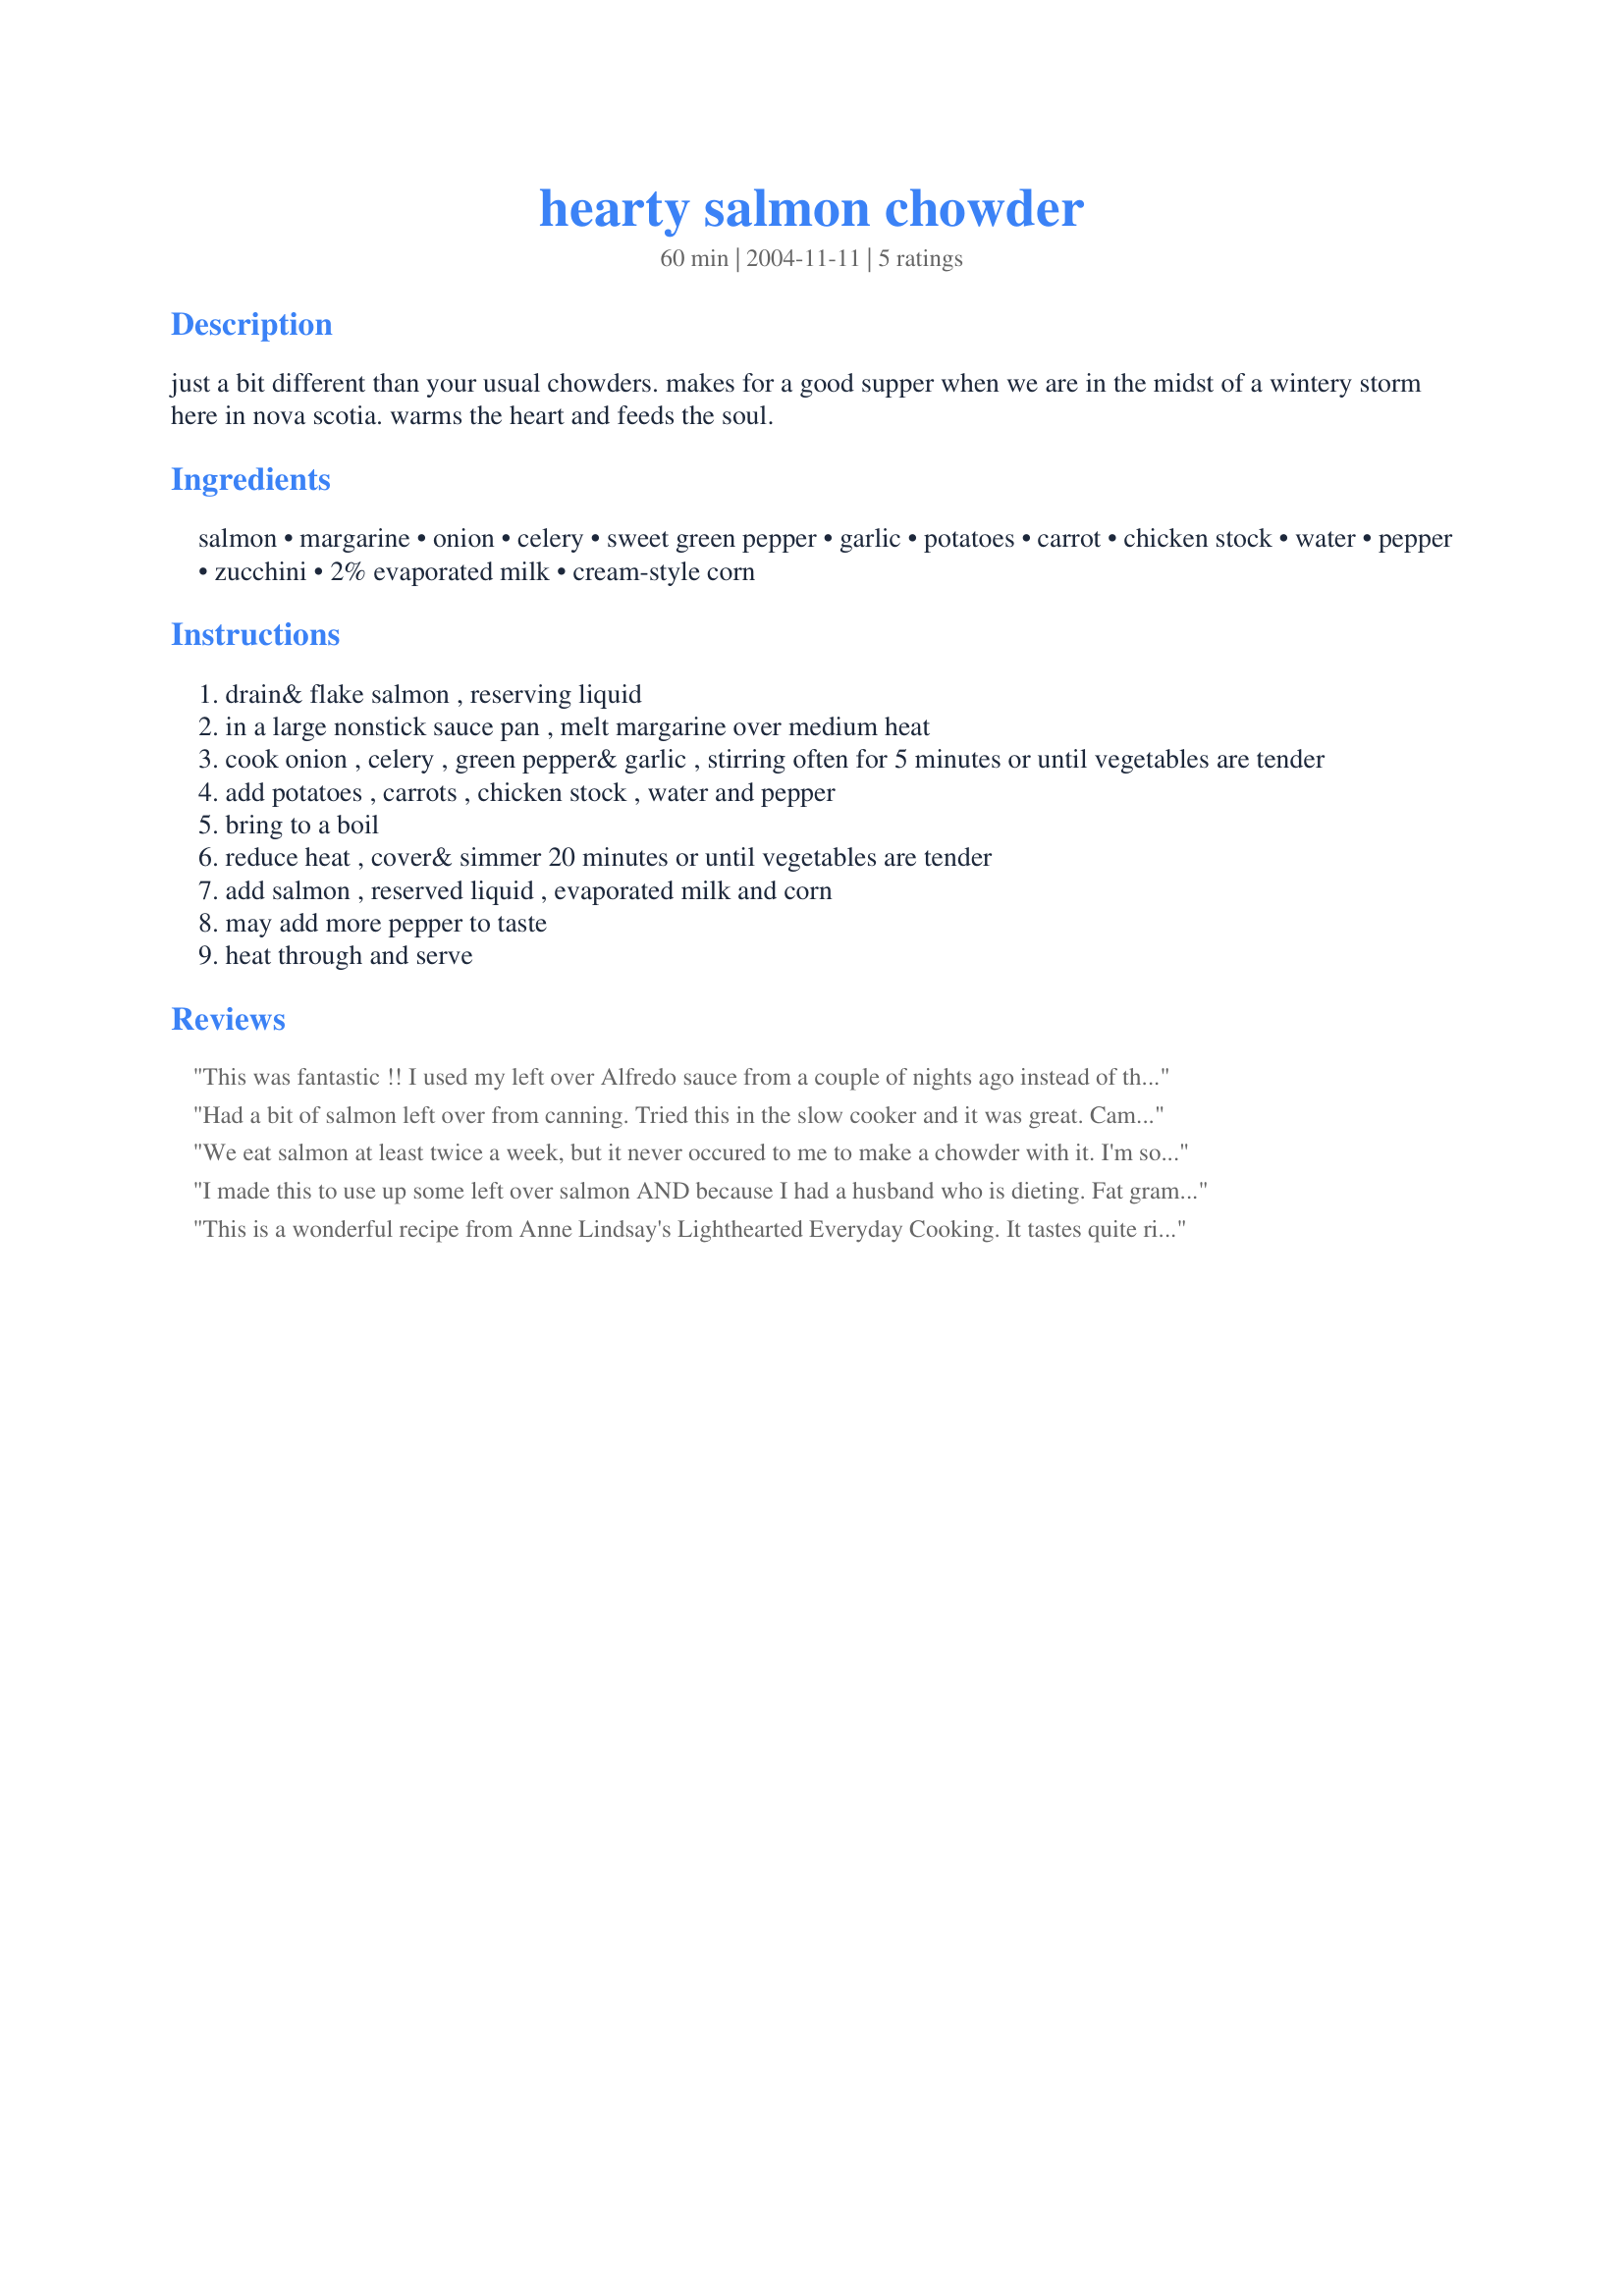
hearty salmon chowder
Preparation time: 60 minutes

just a bit different than your usual chowders. makes for a good supper when we are in the midst of a wintery storm here in nova scotia. warms the heart and feeds the soul.

Ingredients:
salmon, margarine, onion, celery, sweet green pepper, garlic, potatoes, carrot, chicken stock, water, pepper, zucchini, 2% evaporated milk, cream-style corn

Steps:
drain& flake salmon , reserving liquid
in a large nonstick sauce pan , melt margarine over medium heat
cook onion , celery , green pepper& garlic , stirring often for 5 minutes or until vegetables are tender
add potatoes , carrots , chicken stock , water and pepper
bring to a boil
reduce heat , cover& simmer 20 minutes or until vegetables are tender
add salmon , reserved liquid , evaporated milk and corn
may add more pepper to taste
heat through and serve

Reviews:
This was fantastic !! I used my left over Alfredo sauce from a couple of nights ago instead of the milk which gave it a little more protien from the shrimp and crab meat. No one even knew that there was grated zucchini in this soup..LOL .This soup was so good we all had second servings..
Had a bit of salmon left over from canning. Tried this in the slow cooker and it was great. Came home to a hearty salmon chowder on a rainy Vancouver night. A Real keeper
We eat salmon at least twice a week, but it never occured to me to make a chowder with it. I'm so glad I came across this recipe - I have a completely different way to cook salmon now! This was hearty, delicious and healthy. The recipe didn't state when to add the zucchini, so I added it with the potatoes and carrots. I also made half again as much so I could use the whole 12 oz. can of evap. milk and a large can of creamed corn. This is really good served with oyster crackers.
I made this to use up some left over salmon AND because I had a husband who is dieting. Fat grams on this are very favorable. This was very good and worthy of eating even not on a diet. Tasty and satisfying.
This is a wonderful recipe from Anne Lindsay's Lighthearted Everyday Cooking. It tastes quite rich for such a healthy soup and is one I make often. I sometimes add an extra can of salmon if it will be a main course.
